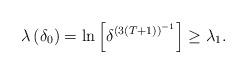
LaTeX: \begin{align*}\lambda \left( \delta _{0}\right) =\ln \left[ \delta ^{\left( 3\left(T+1\right) \right) ^{-1}}\right] \geq \lambda _{1}. \end{align*}